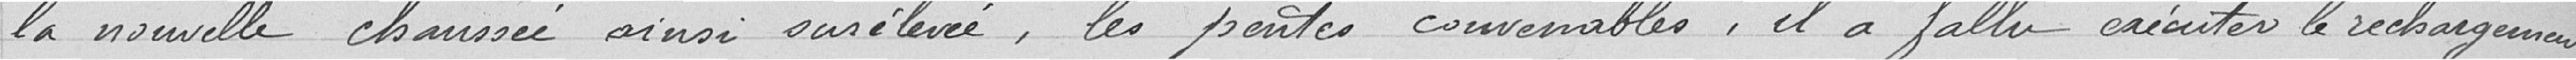
La nouvelle chaussée assez surélevée, les pentes convenables, il a fallu exécuter le rechargement